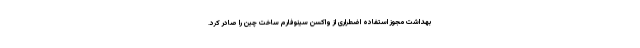
بهداشت مجوز استفاده اضطراری از واکسن سینوفارم ساخت چین را صادر کرد.